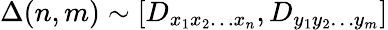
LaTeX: \Delta(n,m)\sim\left[D_{x_{1}x_{2}\ldots x_{n}},D_{y_{1}y_{2}\ldots y_{m}}\right]